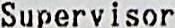
SUPERVISOR